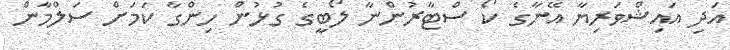
އަދި އައިޝްވަރިޔާ އޭނާގެ ކޯ ސްޓާރުންނާ ލޯބީގެ ގުޅުން ހިންގާ ކަމަށް ސަލްމާން